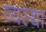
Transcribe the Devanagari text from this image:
व्‍यस्‍था